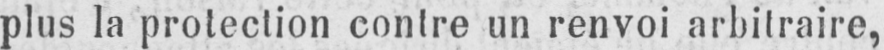
plus la protection contre un renvoi arbitraire,